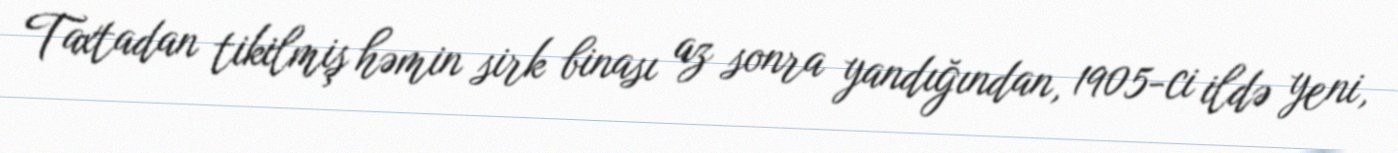
Taxtadan tikilmiş həmin sirk binası az sonra yandığından, 1905-ci ildə yeni,